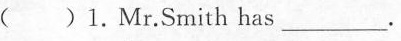
( )1.Mr.Smith has ___ .